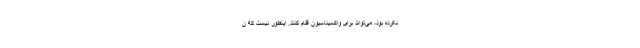
نکرده بود، می‌تواند برای واکسیناسیون اقدام کنند. اینطور نیست که ن